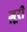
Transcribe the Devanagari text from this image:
ज़ूरी